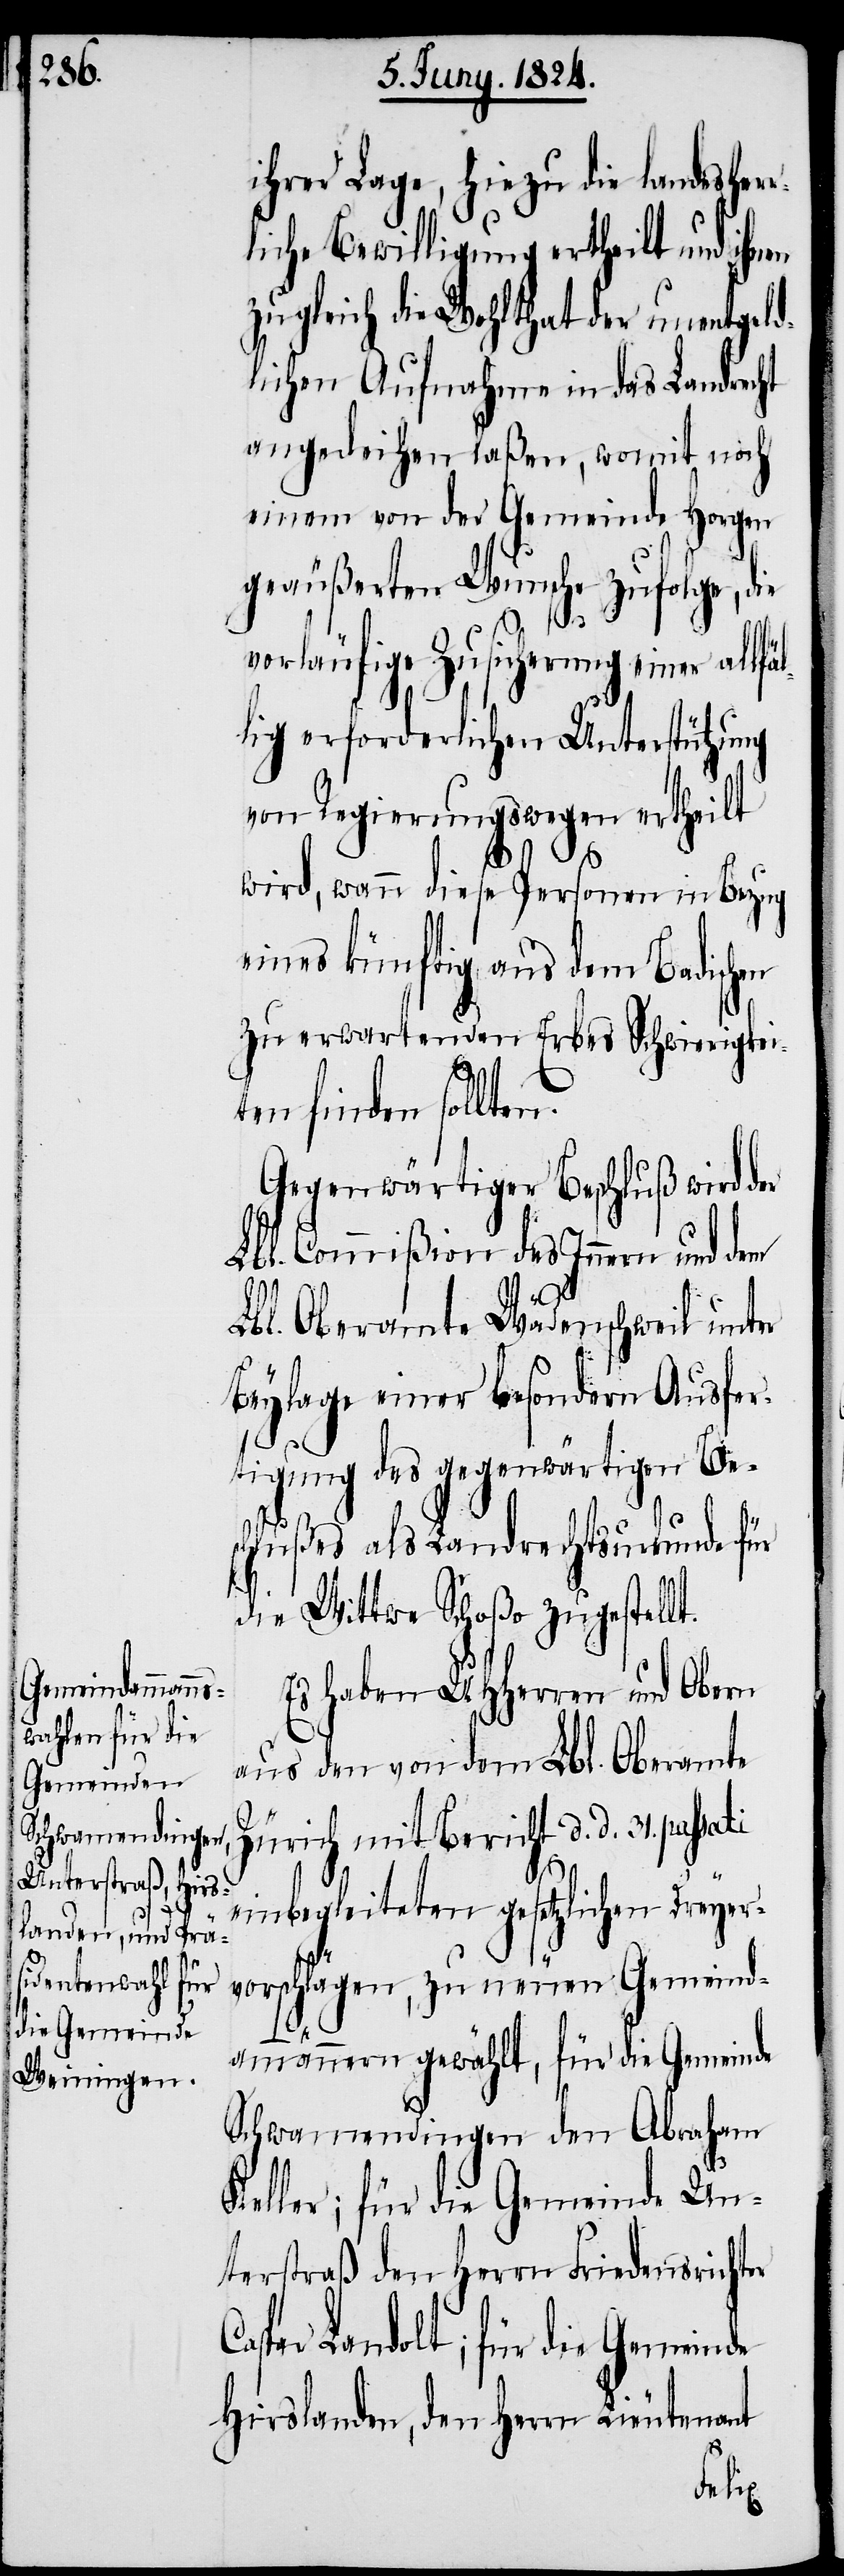
ihrer Lage, hiezu die landesher¬
liche Bewilligung ertheilt und ihren
zugleich die Wohlthat der unentgeld¬
lichen Aufnahme in das Landrecht
angedeihen laßen, womit noch
einem von der Gemeinde Horgen
geäußerten Wunsche zufolge, die
vorläufige Zusicherung einer allfäl¬
lig erforderlichen Unterstützung
von Regierungswegen ertheilt
wird, wann diese Personen in Bezug
eines künftig aus dem Badischen
zu erwartenden Erbes Schwierigkei¬
ten finden sollten.
Gegenwärtiger Beschluß wird
Lbl. Commißion des Innern und dem
Lbl. Oberamte Wädenschweil unter
Beylage einer besondern Ausfer¬
tigung des gegenwärtigen Bes¬
chlußes als Landrechtsurkunde für
die Wittwe Schoßo zugestellt.
Es haben UHHerren und Obern
aus den von dem Lbl. Oberamte
Zürich mit Bericht d. d. 31. pas¬
sati
einbegleiteten gesetzlichen Dreye¬
vorschlägen, zu neuen Gemeind¬
r¬
ammännern gewählt, für die Gemeinde
Schwamendingen den Abraham
Keller; für die Gemeinde Un¬
terstraß den Herrn Friedensrichter
Caspar Landolt; für die Gemeinde
Hirslanden, den Herrn Lieutenant